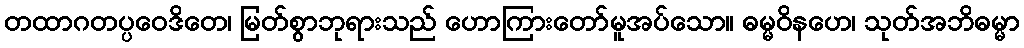
တထာဂတပ္ပဝေဒိတေ၊ မြတ်စွာဘုရားသည် ဟောကြားတော်မူအပ်သော။ ဓမ္မဝိနဟေ၊ သုတ်အဘိဓမ္မာ